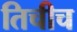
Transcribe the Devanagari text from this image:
तिचीच